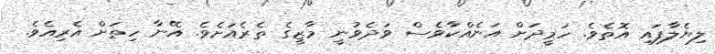
ލިޔެލާފައި އޮތެވެ. ހަމީދަށް އަނެއްކާވެސް ވަދެވުނީ މާޒީގެ ތެރެއަށެވެ. އޭނާ ހިތަށް އެރިއެވެ.